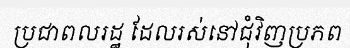
ប្រជាពលរដ្ឋ ដែលរស់នៅជុំវិញប្រភព